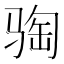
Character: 𫘦